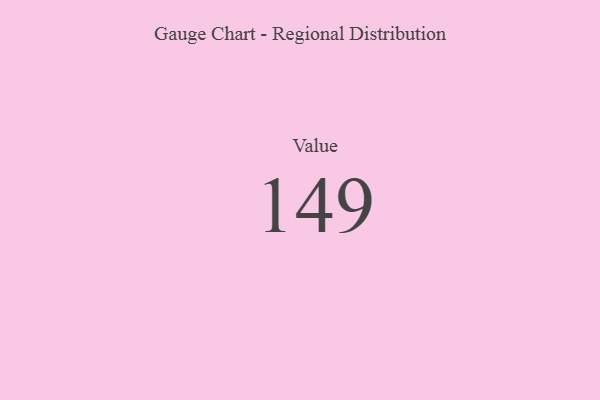
{"axis": {"x": "Metric", "y": "Value"}, "legend": [""], "data": [{"x": "Value", "y": 149, "type": ""}]}